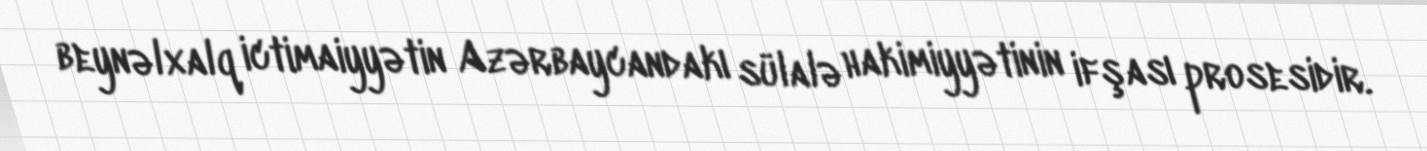
beynəlxalq ictimaiyyətin Azərbaycandakı sülalə hakimiyyətinin ifşası prosesidir.